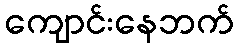
ကျောင်းနေဘက်